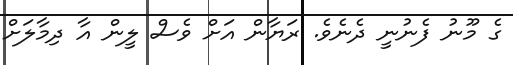
ގެ މޫނު ފެނުނީ ދެނެވެ. ރަޔާން އަށް ވެސް ލީން އާ ދިމާލަށް